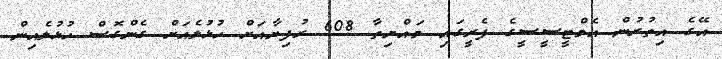
އޭގެ އިތުރުން އެމްޓީސީސީގެ ފެރީގައި މައްޔިތާ 608 ރުފިޔާއަށް ހުޅުލެއަށް ގެންގޮސް ހުޅުލެއިން